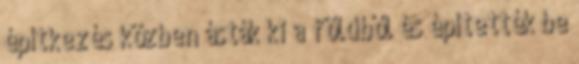
építkezés közben ásták ki a földből és építették be